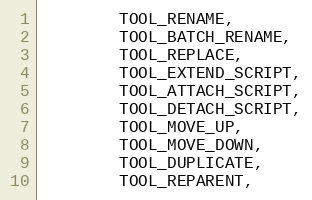
Language: C
		TOOL_RENAME,
		TOOL_BATCH_RENAME,
		TOOL_REPLACE,
		TOOL_EXTEND_SCRIPT,
		TOOL_ATTACH_SCRIPT,
		TOOL_DETACH_SCRIPT,
		TOOL_MOVE_UP,
		TOOL_MOVE_DOWN,
		TOOL_DUPLICATE,
		TOOL_REPARENT,